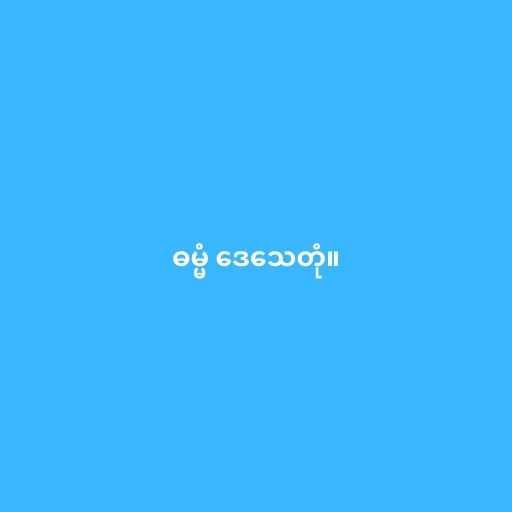
ဓမ္မံ ဒေသေတုံ။